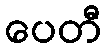
ပေတီ